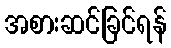
အစားဆင်ခြင်ရန်